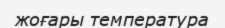
жоғары температура